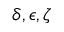
\delta , \epsilon , \zeta